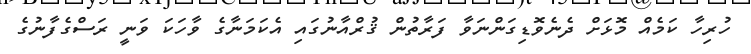
ހުރިހާ ކަމެއް މޮޅަށް ދެނެވޮޑިގަންނަވާ ފަރާތުން ޤުރްއާނުގައި އެކަމަނާގެ ވާހަކަ ވަނީ ރަސްގެފާނުގެ